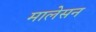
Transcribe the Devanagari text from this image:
मालेसन